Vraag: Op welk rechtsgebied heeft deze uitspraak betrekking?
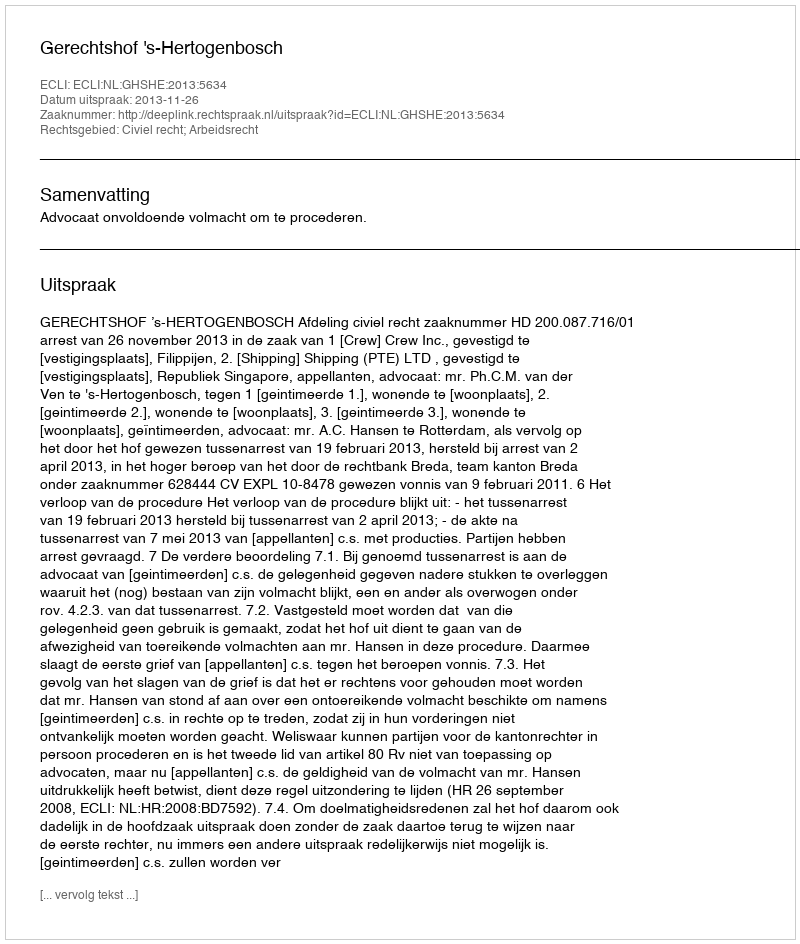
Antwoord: Civiel recht; Arbeidsrecht